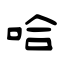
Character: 哈